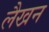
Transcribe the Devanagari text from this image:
लैखन